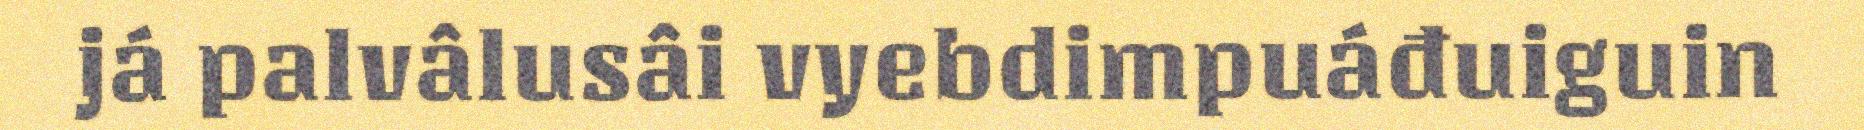
já palvâlusâi vyebdimpuáđuiguin